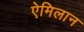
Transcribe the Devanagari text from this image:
ऐमिलान